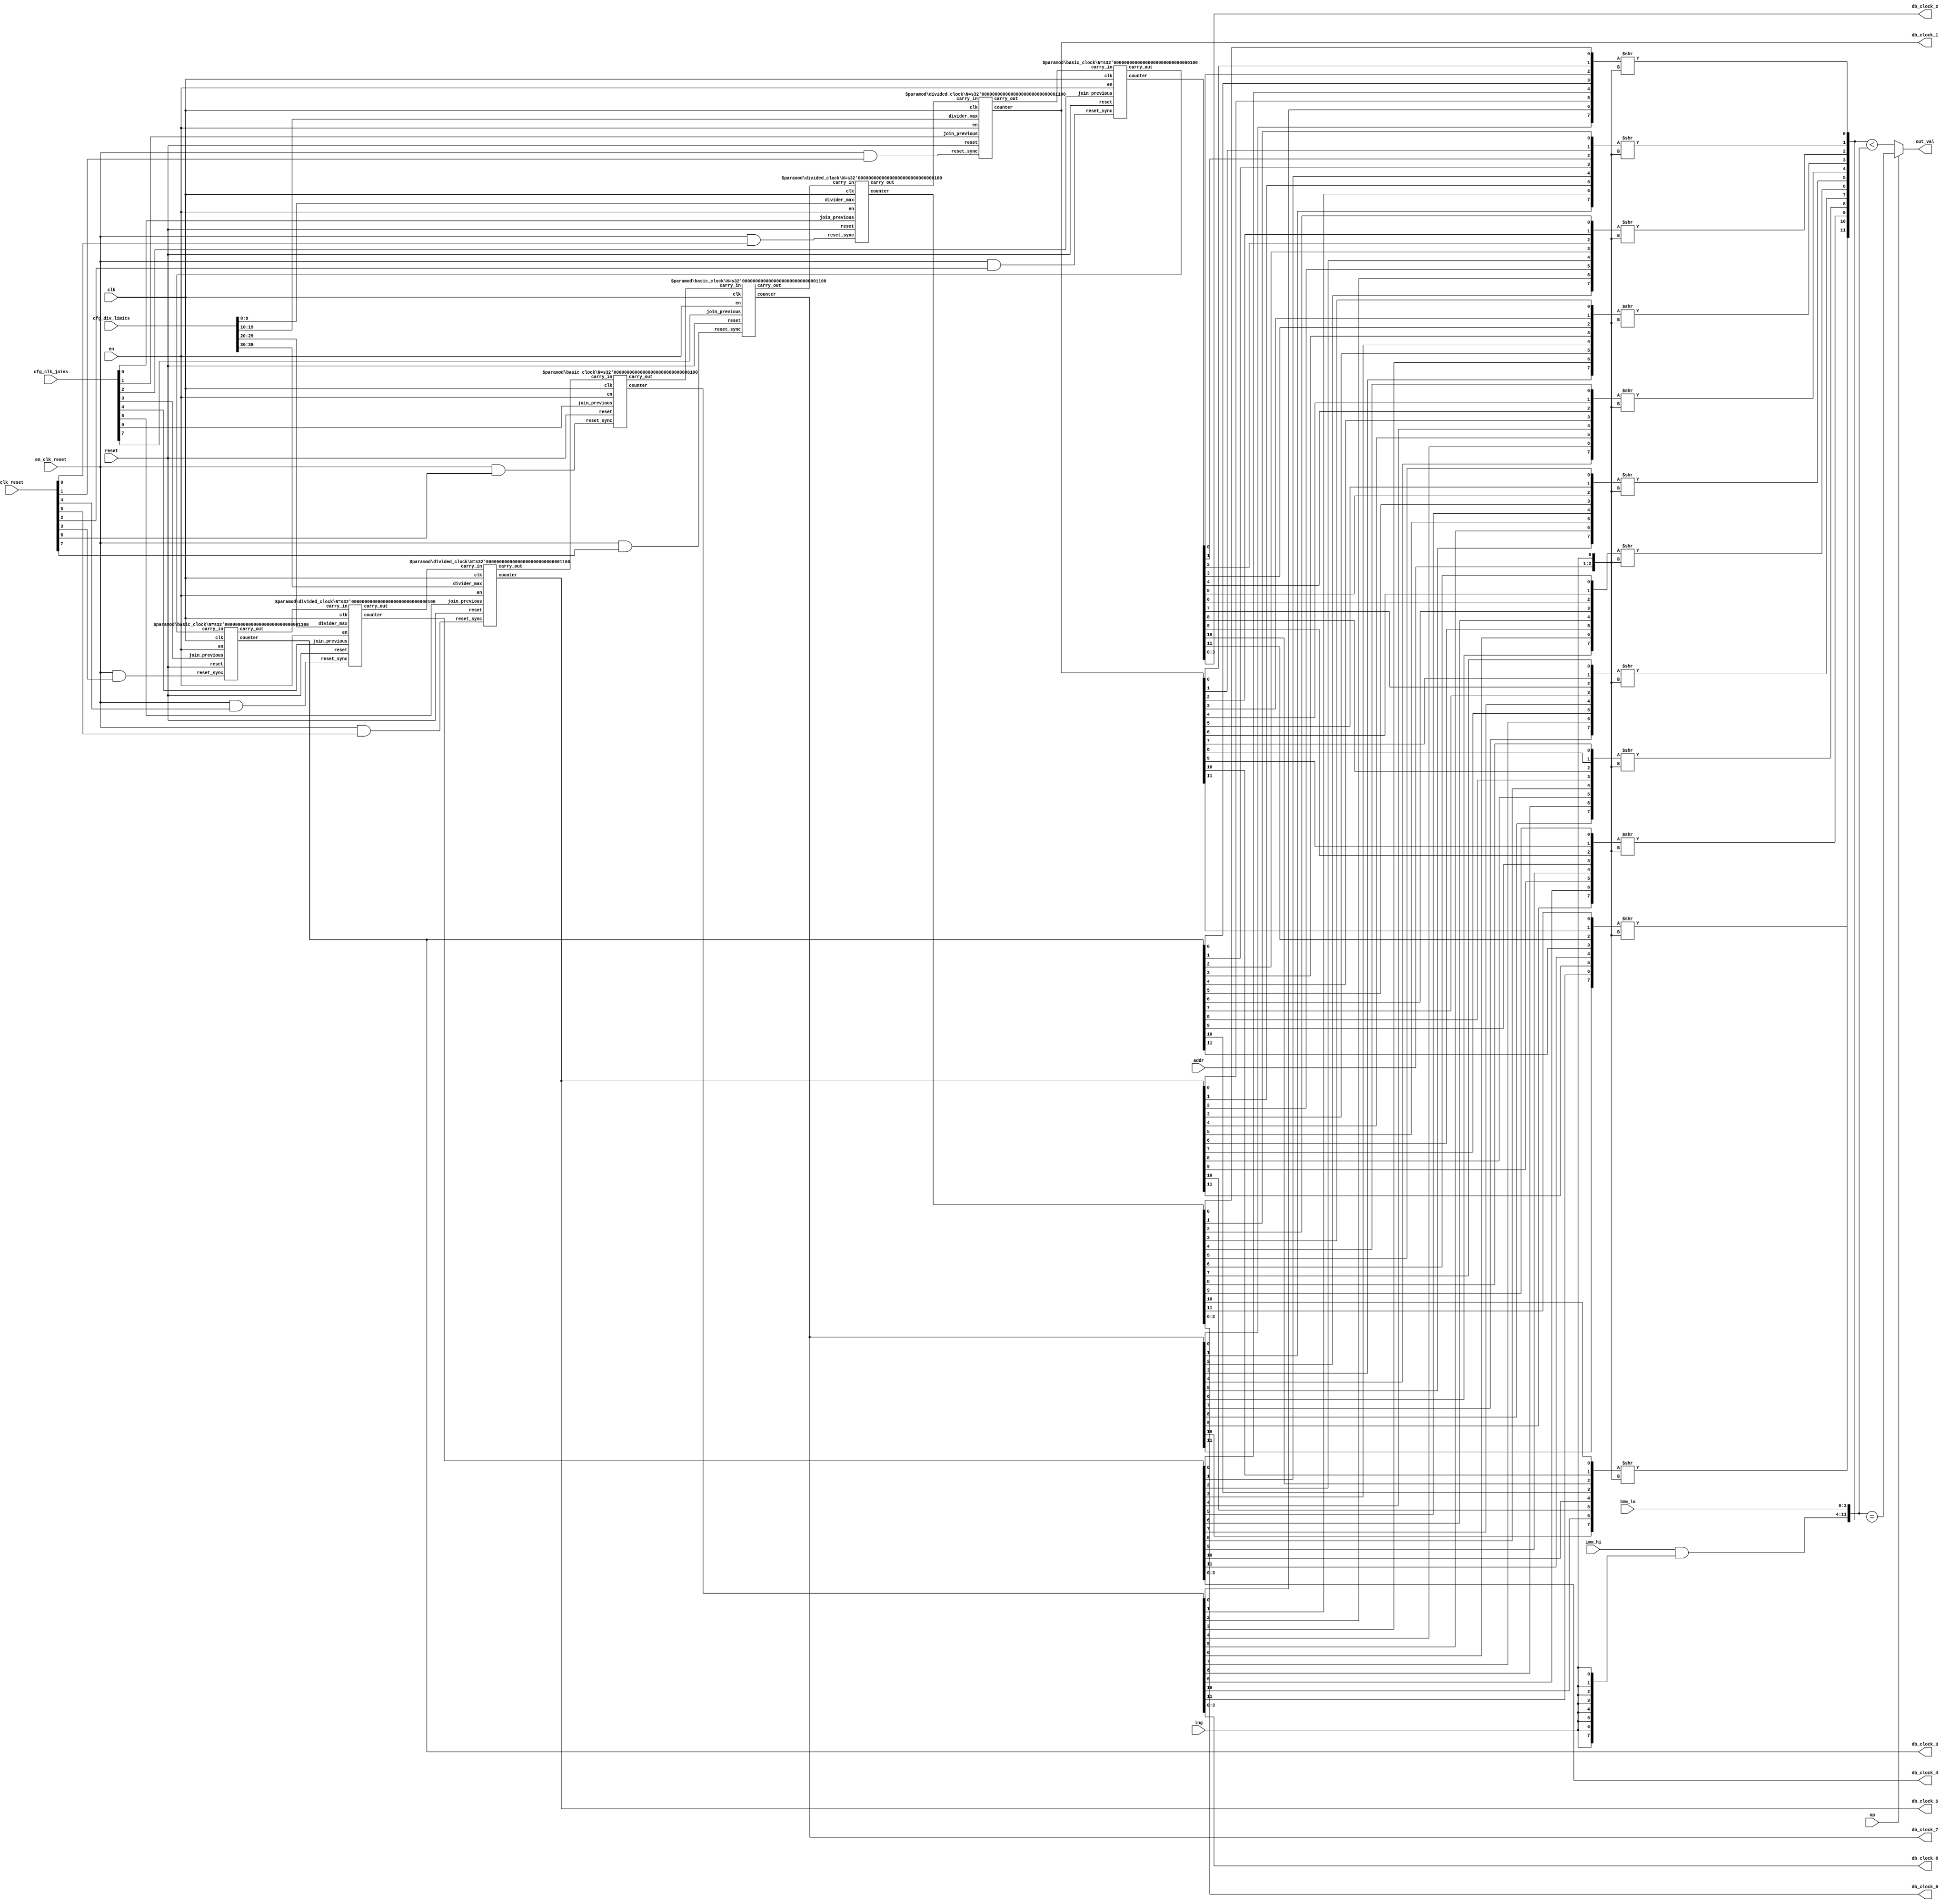
module clocks_module(
    input clk,                       // Clock signal
    input reset,                     // Asynchronous reset signal
    input en,                       // Clock counter enable
    
    input lng,                     // Whether we are selecting from 4-bit or 12-bit clocks
    input op,                       // Which operation to perform to produce out_val. op=1 is equals, op=0 is less than
    input [1:0] addr,               // Which clock to use
    input [3:0] imm_lo,             // lower bits of comparison value for 4-bit clocks
    
    input [7:0] imm_hi,             // higher bits of comparison value for 12-bit clocks
    
    input en_clk_reset,              // Control: Whether to perform a clock reset 
    input [7:0] clk_reset,              // Which clocks to reset
    input [7:0] cfg_clk_joins,           // Whether particular clocks are joined to each other.
    input [39:0] cfg_div_limits,       // 10-bit clock divider values

    output [3:0] db_clock_0,
    output [11:0] db_clock_1,
    output [3:0] db_clock_2,
    output [11:0] db_clock_3,
    output [3:0] db_clock_4,
    output [11:0] db_clock_5,
    output [3:0] db_clock_6,
    output [11:0] db_clock_7,

    output out_val                  // result of clock constraint
);



// Clock and divider counters
wire [11:0] counters [7:0];


wire [7:0] carry_ins; // whether to increment each register
wire [7:0] carry_outs; // whether to increment each register
wire [7:0] clock_array_transpose[11:0];

wire [11:0] clock_val;
wire [11:0] compare_val;

wire [9:0] clk_div_arr [3:0];

 
genvar j;
genvar k;

generate
    for (j=0; j<8; j=j+1) begin
        if (j == 0 | j == 1 | j == 4 | j == 5) begin
            divided_clock #(j % 2 == 1 ? 12 : 4) div_clock (
                .clk(clk),
                .reset(reset),
                .reset_sync(en_clk_reset & clk_reset[j]),
                .en(en),
                .carry_in(carry_ins[j]),
                .carry_out(carry_outs[j]),
                .join_previous(cfg_clk_joins[j]),
                .divider_max(clk_div_arr[j > 3? j-2 : j]),
                .counter(counters[j])
            );
        end else begin
            basic_clock #(j % 2 == 1 ? 12 : 4) clock (
                .clk(clk),
                .reset(reset),
                .reset_sync(en_clk_reset & clk_reset[j]),
                .en(en),
                .carry_in(carry_ins[j]),
                .carry_out(carry_outs[j]),
                .join_previous(cfg_clk_joins[j]),
                .counter(counters[j])
            );
        end
    end
endgenerate 
generate
    // organize clock divider limits
    for (j=0; j<4; j=j+1) begin
        assign clk_div_arr[j] = cfg_div_limits[10*j+9:10*j];
    end
    
    // Transpose clocks array
    for (j=0; j<8; j=j+1) begin
        for (k=0; k<12; k=k+1) begin 
            assign clock_array_transpose[k][j] = counters[j][k];
        end
        // if (j!=7) assign carry_ins[j+1] = carry_outs[j];
        assign carry_ins[(j+1)%8] = carry_outs[j];        
    end
    
    // clock select
    for (j=0; j<12; j=j+1) begin
        assign clock_val[j] = clock_array_transpose[j] >> {addr, lng};
    end
        
endgenerate

assign db_clock_0 = counters[0][3:0];
assign db_clock_1 = counters[1];
assign db_clock_2 = counters[2][3:0];
assign db_clock_3 = counters[3];
assign db_clock_4 = counters[4][3:0];
assign db_clock_5 = counters[5];
assign db_clock_6 = counters[6][3:0];
assign db_clock_7 = counters[7];

assign compare_val = {imm_hi & {8{lng}}, imm_lo};
assign out_val = op ? (compare_val == clock_val): (clock_val < compare_val);
endmodule

module divided_clock #(parameter N = 4, parameter P = 12, parameter D = 10)(

    input clk,                       // Clock signal
    input reset,                     // Asynchronous reset signal
    input reset_sync,
    input en,

    input carry_in,
    input join_previous,
    input [D-1:0] divider_max,
    output carry_out,
    output [P-1:0] counter
);

reg [D-1:0] divider;
reg [N-1:0] counter_internal;

wire do_increment;
wire divider_is_zero = divider==0;
assign do_increment = join_previous? carry_in: divider_is_zero;
assign carry_out = & counter_internal & do_increment;


assign counter = {{(P-N){1'b0}}, counter_internal};
// Clock increment logic
always @(posedge clk or posedge reset) begin: clock_process
    if (reset) begin
        counter_internal <= 0;
        divider <= 0;
    end else if (reset_sync) begin
        counter_internal <= 0;
        divider <= 0;
    end else if(en) begin
        // Clock divider updates. The divider will have a cycle time of CLK_DIV_CONF + 1
        if (do_increment) counter_internal <= counter_internal + 1;
        
        if (divider_is_zero) divider <= divider_max;
        else divider <= divider - 1;
    end
end
endmodule

module basic_clock #(parameter N = 4, parameter P = 12)(

    input clk,                       // Clock signal
    input reset,                     // Asynchronous reset signal
    input reset_sync,
    input en,
    
    input carry_in,
    input join_previous,
    output carry_out,
    output [P-1:0] counter
);
reg [N-1:0] counter_internal;

wire do_increment = join_previous? carry_in : 1;
assign carry_out = & counter_internal & do_increment;
assign counter = {{(P-N){1'b0}}, counter_internal};
wire inc = en & do_increment;
// Clock increment logic
always @(posedge clk or posedge reset) begin: basic_clock_process
    if (reset) begin
        counter_internal <= 0;
    end else if (reset_sync) begin
        counter_internal <= 0;
    end else if (inc) begin                
        counter_internal <= counter_internal + 1;
    end
end
endmodule